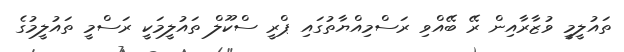
ތައުލީމީ ވުޒާރާއިން ރޭ ބޭއްވި ރަސްމިއްޔާތުގައި ޕްރީ ސްކޫލް ތައުލީމަކީ ރަސްމީ ތައުލީމުގެ